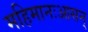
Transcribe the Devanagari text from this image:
महिमानःआसन्